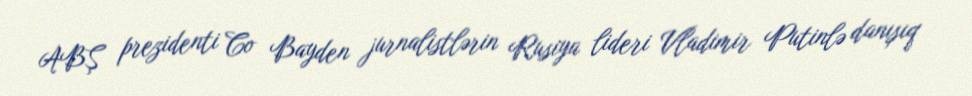
ABŞ prezidenti Co Bayden jurnalistlərin Rusiya lideri Vladimir Putinlə danışıq